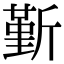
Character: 𣂼